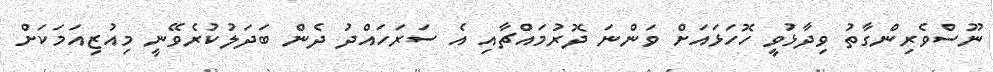
ނޫސްވެރިންގާތު ވިދާޅުވީ ހޮހަޅައަށް ވަންނަ ދޮރުމައްޗާއި އެ ސަރަހައްދު ދެން ބަދަލުކުރެވޭނީ މިއުޒިއަމަކަށް